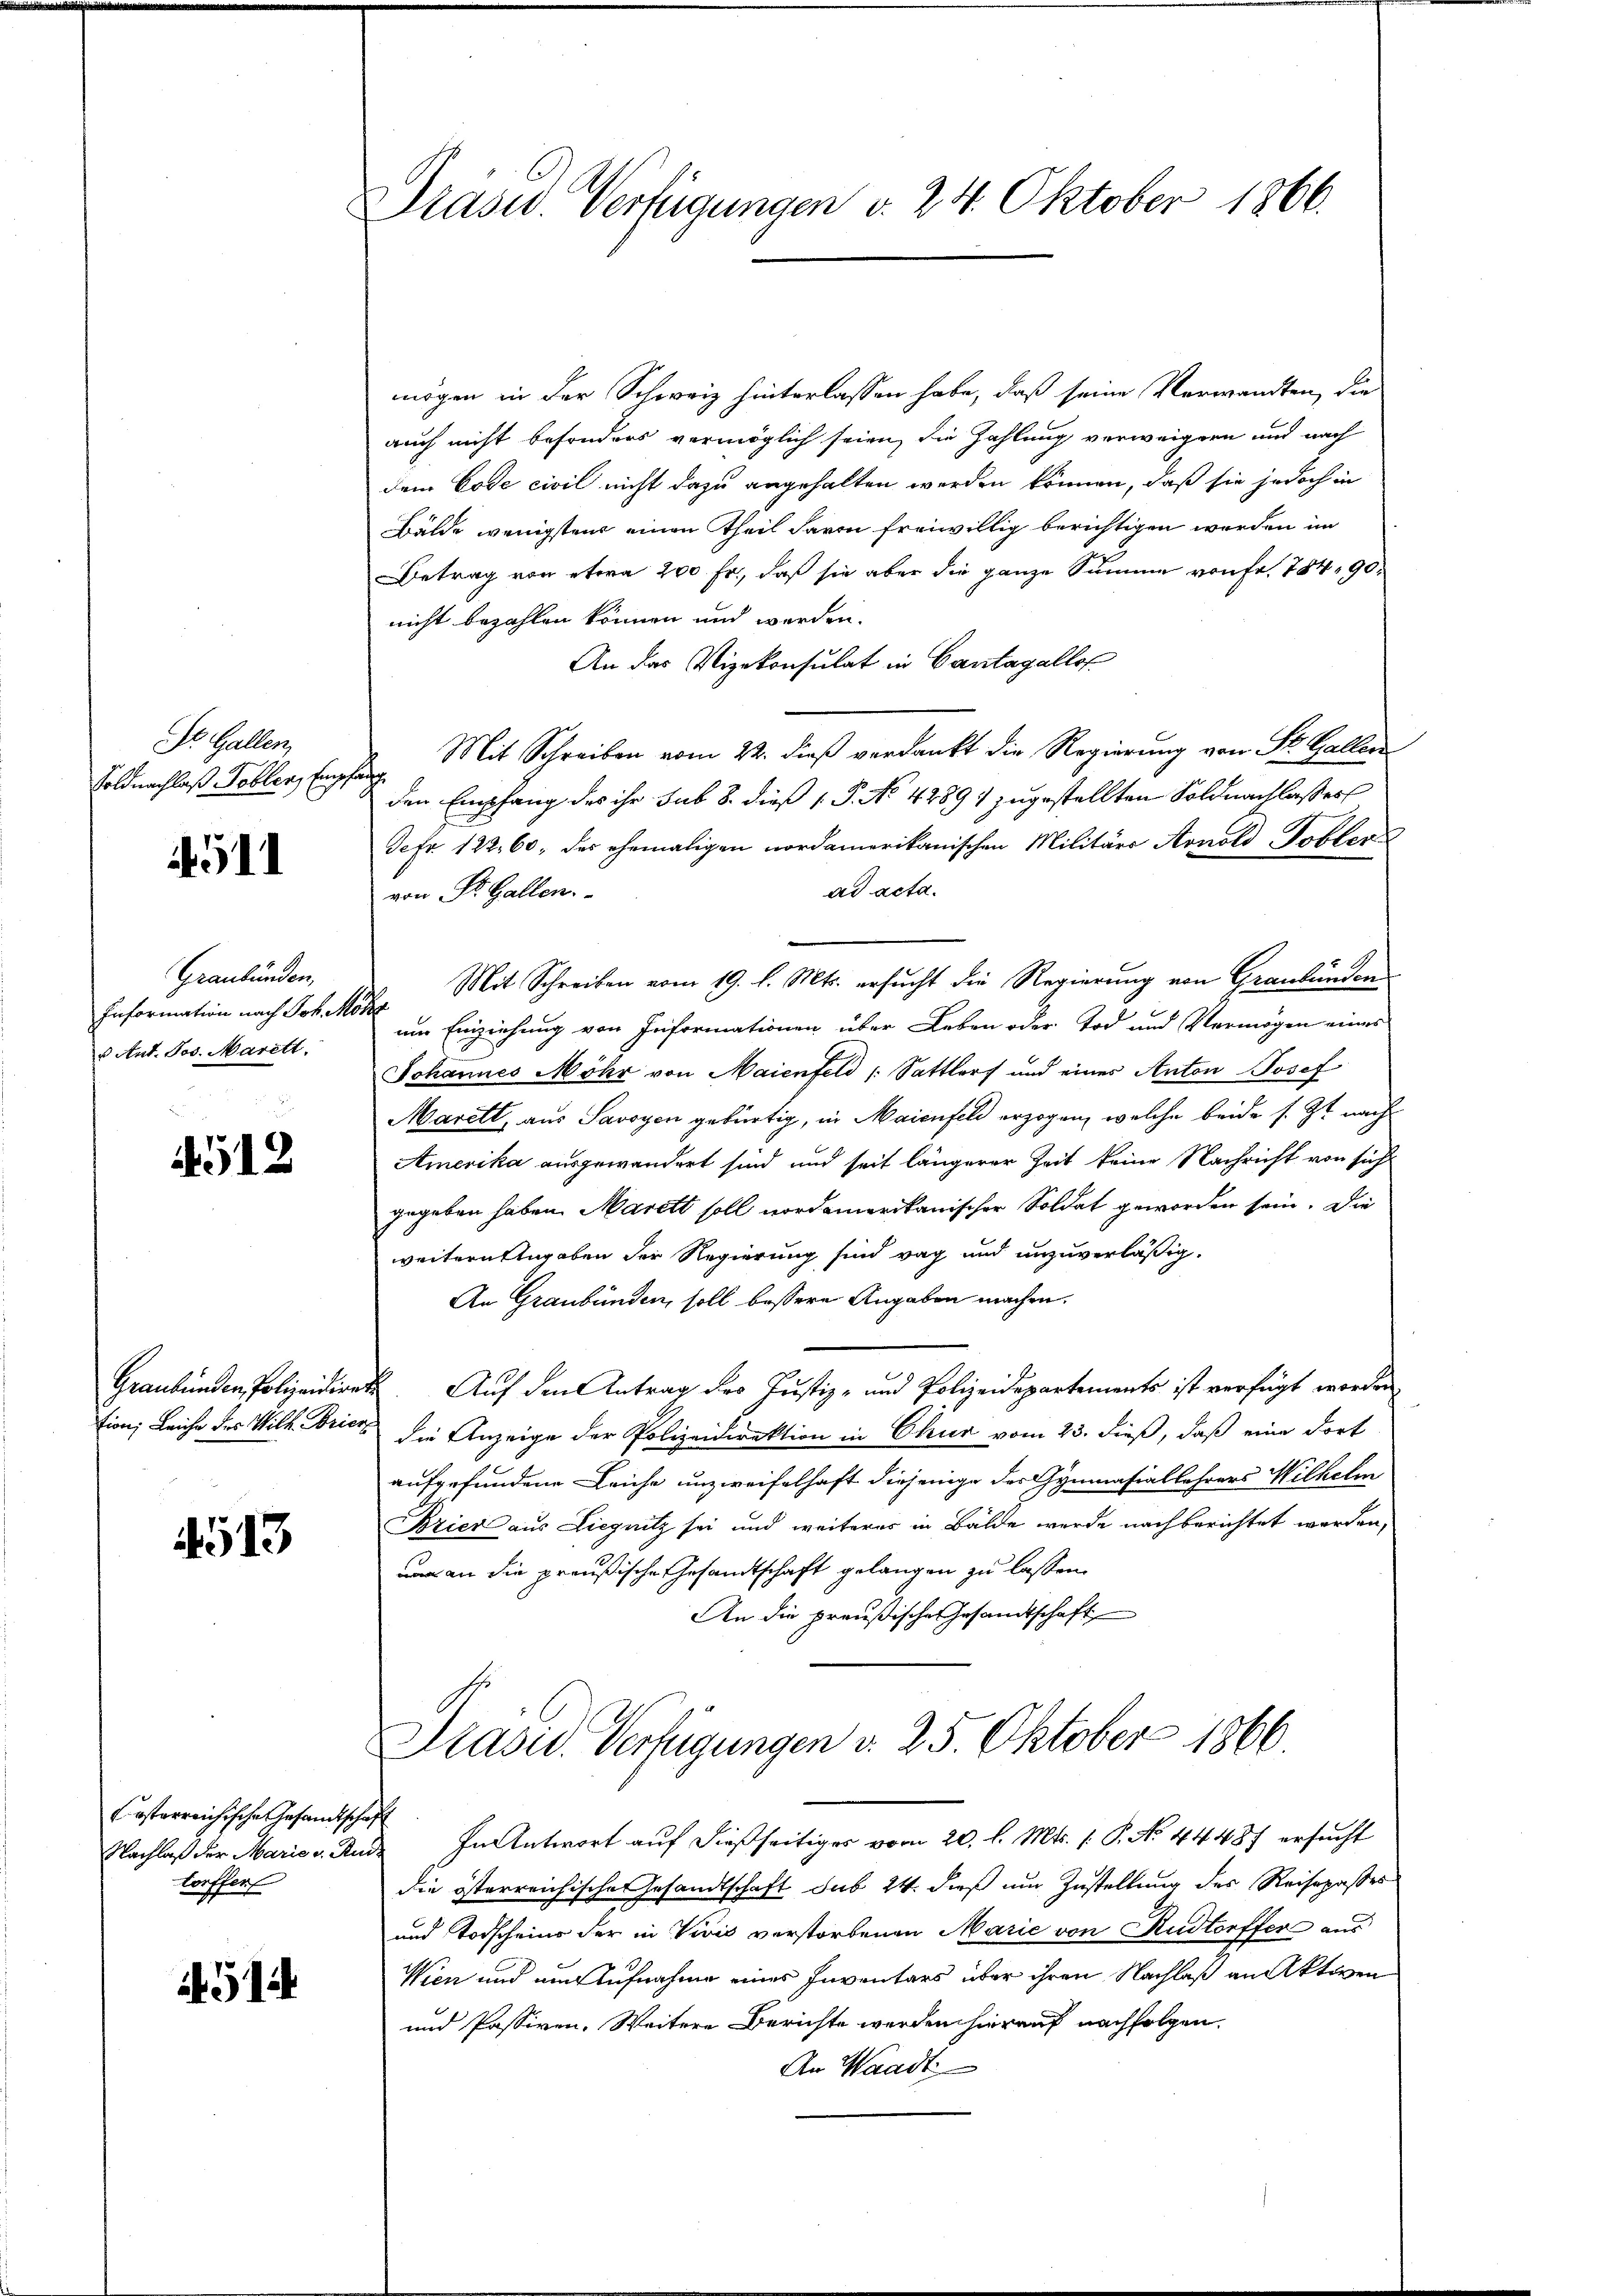
St. Gallen,
Soldnachlaß Tobler, Eing,

14511

Graubünden,
Information nach Joh. Moka
 Ant. Jos. Marett.

4512

513

Casterreichische Gesandtschaft
torffen

4514

Präsid. Verfügungen d. 24. Oktober 1866.

mögen in der Schweiz hinterlassen habe, daß seine Verwandten, die
auch nicht besonders vermöglich seien, die Zahlung verweigern und nach
dem Code civil nicht dazu angehalten werden können, daß sie jedoch in
Bälde wenigstens einen Theil davon freiwillig berichtigen werden im
Betrag von etwa 200 Fr., daß sie aber die ganze Summe von fr. 784, 90
nicht bezahlen können und werden.
An das Vizekonsulat in Cantagallof
Mit Schreiben vom 22. dieß verdankt die Regierung von St. Gallen
h
den Empfang des ihr sub 8. dieß P. No 4289 1 zugestellten Soldnachlasses
Jefr. 122,60, das ehemaligen nordamerikanischen Militärs Arnold Tobler
ad acta.
von St. Gallen.
Mit Schreiben vom 19. d. Mts. ersucht die Regierung von Graubünden
um Einziehung von Friformationen über Leben oder Tod und Vermögen eines
Johannes Mohr von Maienfeld / Sattlers und eines Anton Josef
Marett, aus Savoyen gebürtig, in Maienfeld erzogen, welche beide s. Zt. nach
Amerika ausgewandert sind und seit längerer Zeit keine Nachricht von sich
gegeben haben. Marett soll nordamerikanischer Soldat geworden sein. Die
weiternstagaben der Regierung sind weg und unzuverlässig.
An Graubünden soll bessere Angaben machen.
Graubünden Polizeidiret. Auf den Antrag des Justiz- und Polizeidepartements ist verfügt worden
tion; Leiche des Wilh. Brier die Anzeige der Polizeidirektion in Chur vom 23. dieß, daß eine dort
aufgefundene Leiche unzweifelhaft diejenige der Gymnasiallehrers Wilhelm
Brier aus Liegnitz sei und weiterer in Bälde wurde nach berichtet werden,
und an die preußische Gesandtschaft gelangen zu lassen.
An die preußische Gesandtschaft
Präsid.. Verfügungen d. 25. Oktober 1866.
Nachlaß der Marie v. Rud. In Antwort auf dießseitiges vom 20. l. Mts. (: P. No. 44487 ersucht
die österreichische Gesandtschaft sub 24. dieß um Zustellung des Reisepasses
und Todscheine der in Vivis verstorbenen Marie von Rudtorffer aus
Wien und auf Aufnahme eines Inventars über ihren Nachlaß an Aktiven
und Passiven. Weitere Berichte werden hierauf nachfolgen.
An Waadt